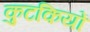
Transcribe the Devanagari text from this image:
कुटकियों